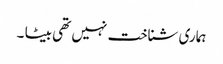
ہماری شناخت نہیں تھی بیٹا ۔